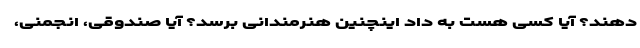
دهند؟ آیا کسی هست به داد اینچنین هنرمندانی برسد؟ آیا صندوقی، انجمنی،